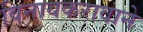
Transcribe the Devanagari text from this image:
विनायकरावाने